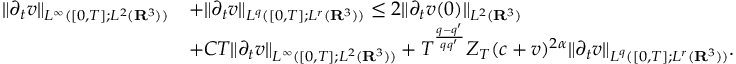
\begin{array} { r l } { \| \partial _ { t } v \| _ { L ^ { \infty } ( [ 0 , T ] ; L ^ { 2 } ( { \mathbf R } ^ { 3 } ) ) } } & { + \| \partial _ { t } v \| _ { L ^ { q } ( [ 0 , T ] ; L ^ { r } ( { \mathbf R } ^ { 3 } ) ) } \leq 2 \| \partial _ { t } v ( 0 ) \| _ { L ^ { 2 } ( { \mathbf R } ^ { 3 } ) } } \\ & { + C T \| \partial _ { t } v \| _ { L ^ { \infty } ( [ 0 , T ] ; L ^ { 2 } ( { \mathbf R } ^ { 3 } ) ) } + T ^ { \frac { q - q ^ { \prime } } { q q ^ { \prime } } } Z _ { T } ( c + v ) ^ { 2 \alpha } \| \partial _ { t } v \| _ { L ^ { q } ( [ 0 , T ] ; L ^ { r } ( { \mathbf R } ^ { 3 } ) ) } . } \end{array}